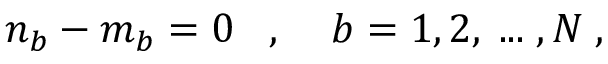
n _ { b } - m _ { b } = 0 \; \; \; , \; \; \; \; b = 1 , 2 , \; . . . \; , N \; ,